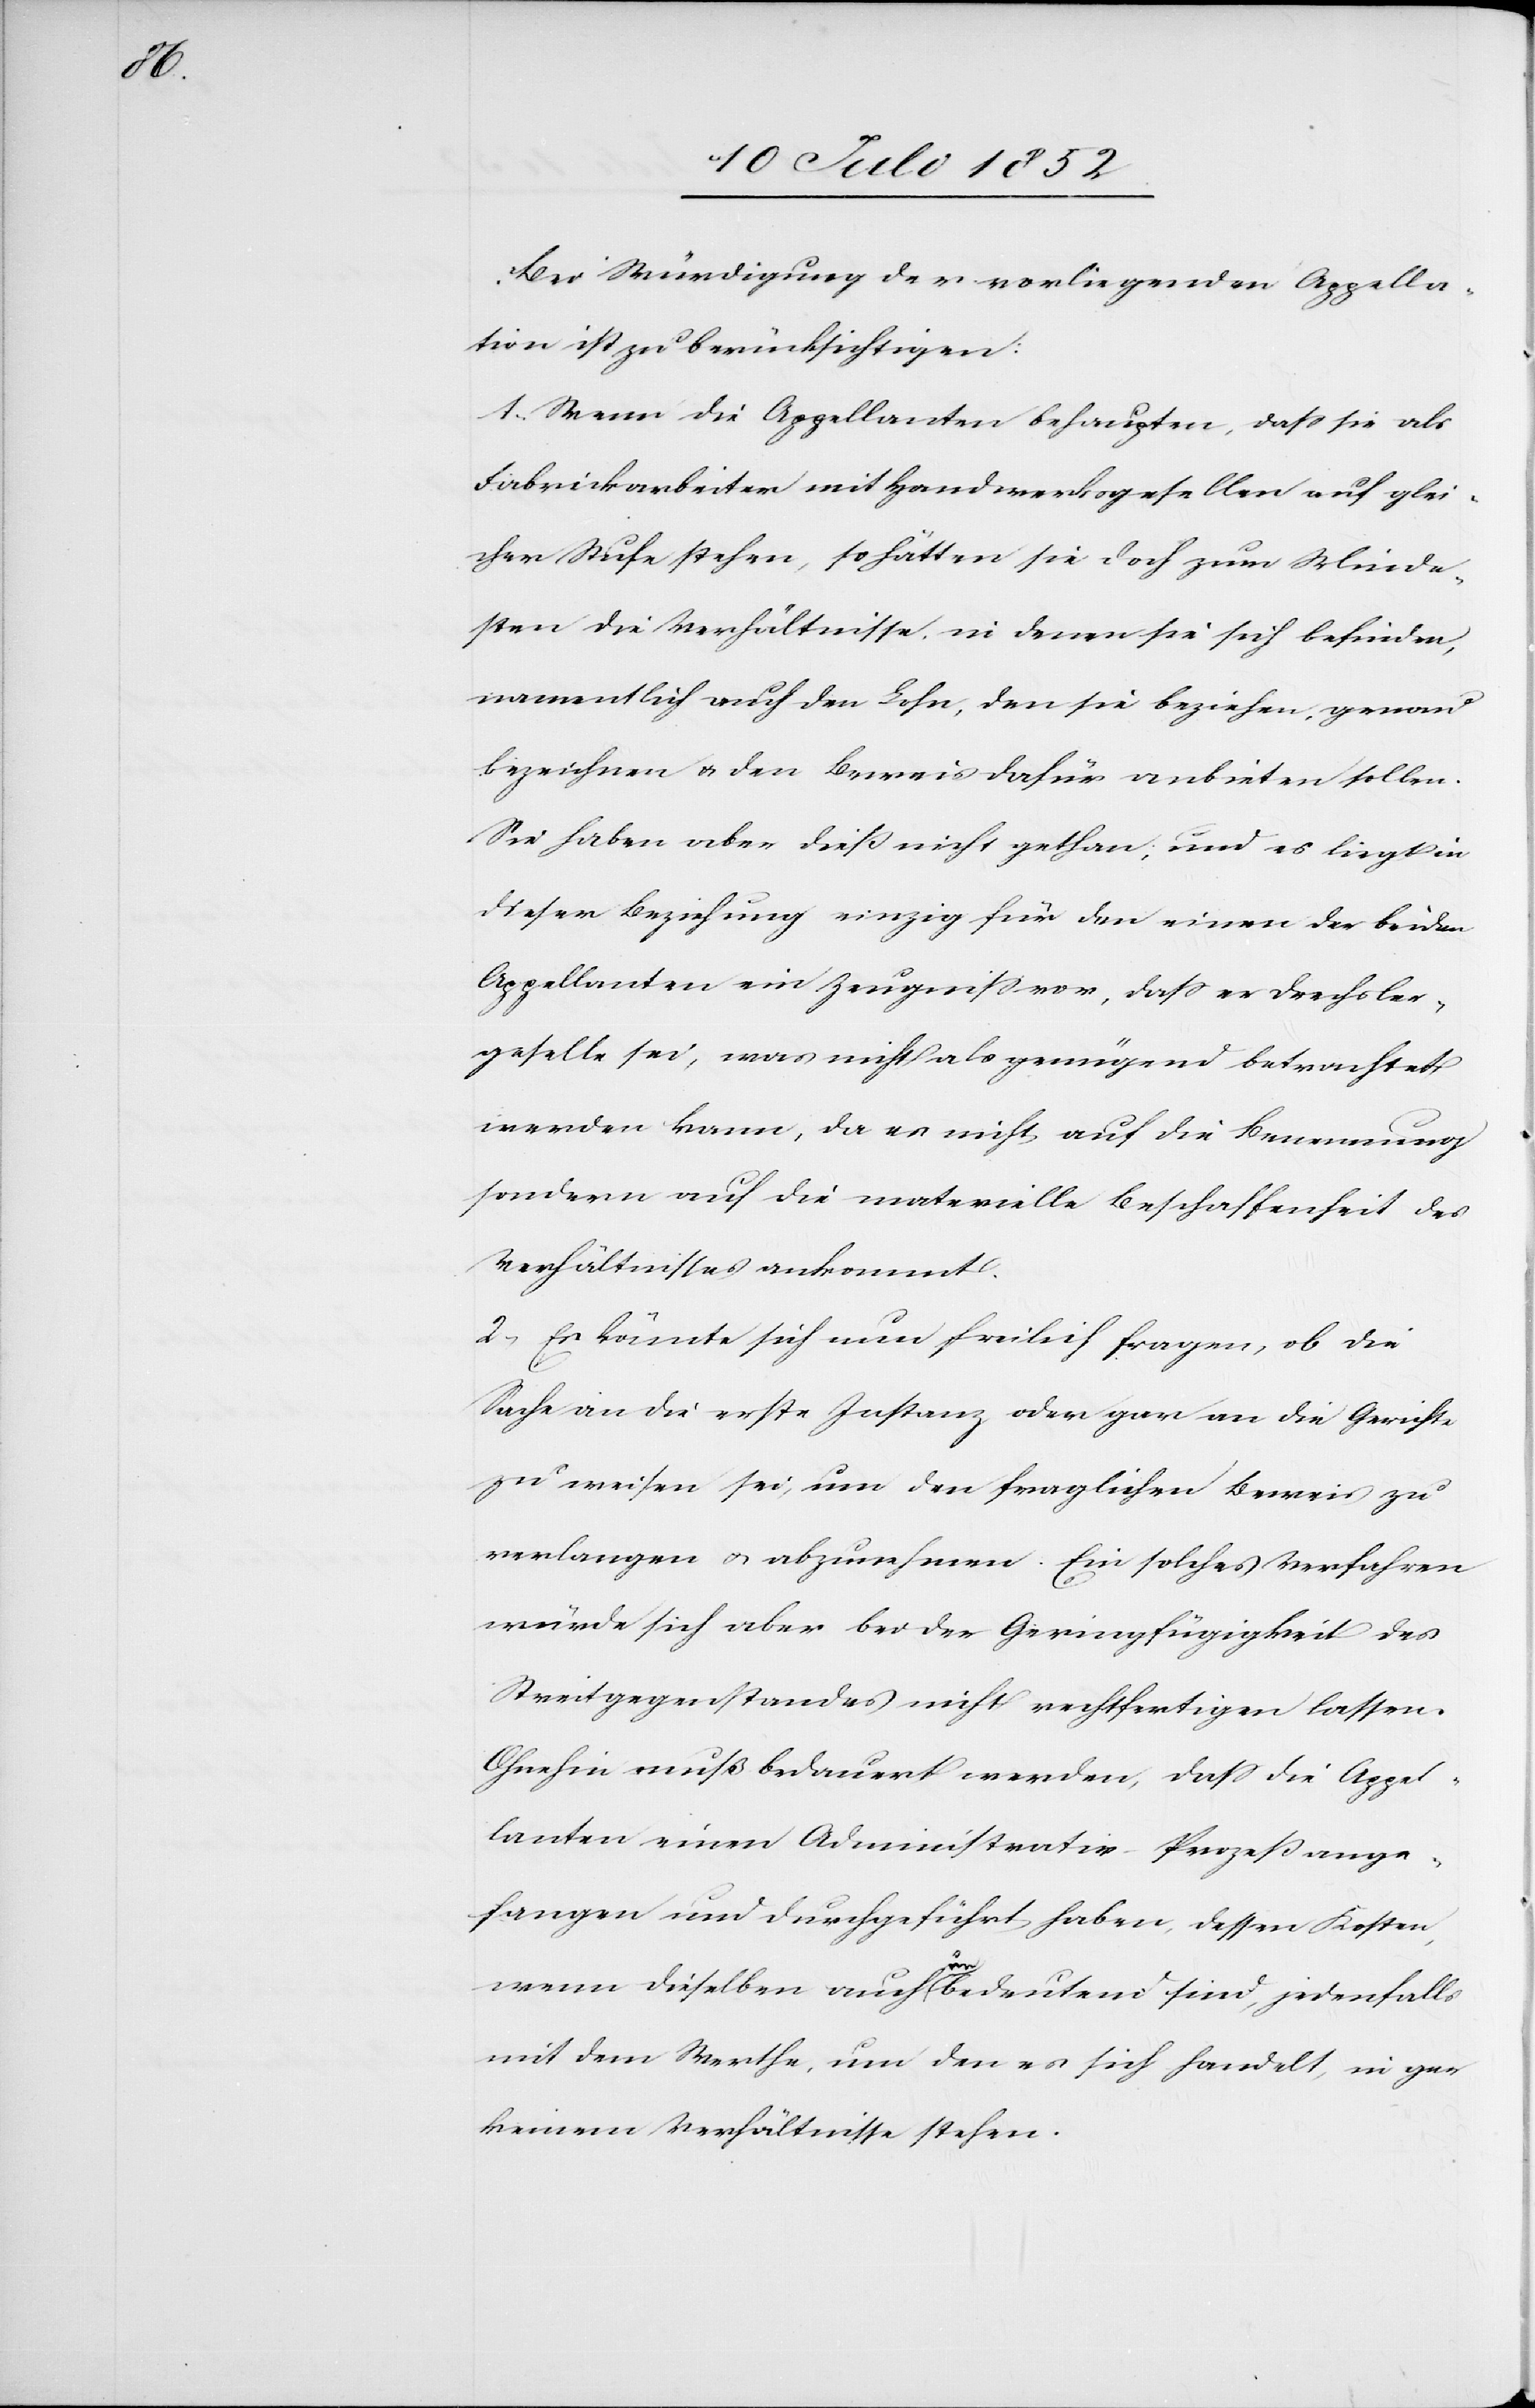
Bei Würdigung der vorliegenden Appella¬
tion ist zu berücksichtigen:
1, Wenn die Appellanten behaupten, dass sie als
Fabrikarbeiter mit Handwerksgesellen auf glei¬
cher Stufe stehen, so hätten sie doch zum Minde¬
sten die Verhältnisse, in denen sie sich befinden,
namentlich auch den Lohn, den sie beziehen, genau
bezeichnen & den Beweis dafür anbieten sollen.
Sie haben aber dieß nicht gethan, und es liegt in
dieser Beziehung einzig für den einen der beiden
Appellanten ein Zeugniss vor, dass er Drechsler¬
geselle sei, was nicht als genügend betrachtet
werden kann, da es nicht auf die Benennung
sondern auf die materielle Beschaffenheit des
Verhältnisses ankommt.
2, Es könnte sich nun freilich fragen, ob die
Sache an die erste Instanz oder gar an die Gerichte
zu weisen sei, um den fraglichen Beweis zu
verlangen & abzunehmen. Ein solches Verfahren
würde sich aber bei der Geringfügigkeit des
Streitgegenstandes nicht rechtfertigen lassen.
Ohnehin muß bedauert werden, dass die Appel¬
lanten einen Administrativ-Prozeß ange¬
fangen und durchgeführt haben, dessen Kosten,
wenn dieselben auch unbedeutend sind, jedenfalls
mit dem Werthe, um den es sich handelt, in gar
keinem Verhältnisse stehen.